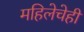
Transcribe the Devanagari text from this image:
महिलेचेही